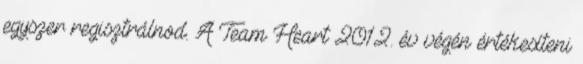
egyszer regisztrálnod. A Team Heart 2012. év végén értékesíteni